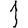
Digit: 1